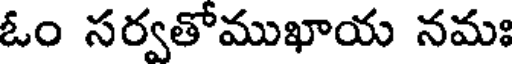
ఓం సర్వతోముఖాయ నమః